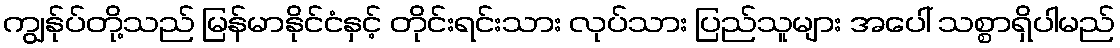
ကျွန်ုပ်တို့သည် မြန်မာနိုင်ငံနှင့် တိုင်းရင်းသား လုပ်သား ပြည်သူများ အပေါ် သစ္စာရှိပါမည်